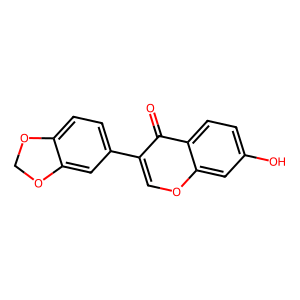
SMILES: O=c1c(-c2ccc3c(c2)OCO3)coc2cc(O)ccc12
Inhibits HIV replication: No